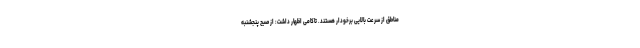
مناطق از سرعت بالایی برخودار هستند. تاکامی اظهار داشت: از صبح پنجشنبه